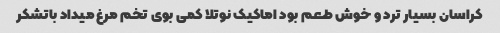
کراسان بسیار ترد و خوش طعم بود اما‌کیک نوتلا کمی بوی تخم مرغ میداد باتشکر